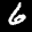
Label: 6